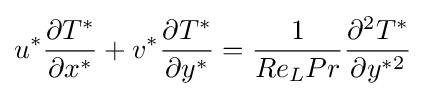
{u^{*}{\frac {\partial T^{*}}{\partial x^{*}}}}+{v^{*}{\frac {\partial T^{*}}{\partial y^{*}}}}={\frac {1}{Re_{L}Pr}}{\frac {\partial ^{2}T^{*}}{\partial y^{*2}}}